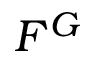
F ^ { G }